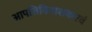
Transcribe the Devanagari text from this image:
आपत्तिविनाशकएवं